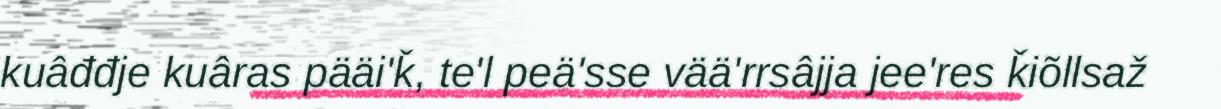
kuâđđje kuâras pääi'ǩ, te'l peä'sse vää'rrsâjja jee'res ǩiõllsaž